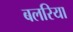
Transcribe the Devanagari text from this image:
बलरिया